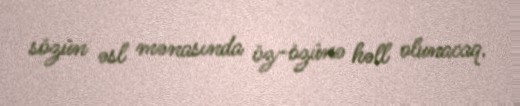
sözün əsl mənasında öz-özünə həll olunacaq.